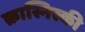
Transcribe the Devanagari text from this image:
क्रास्निस्की